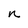
Character: n